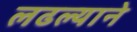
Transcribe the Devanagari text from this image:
लढल्याने